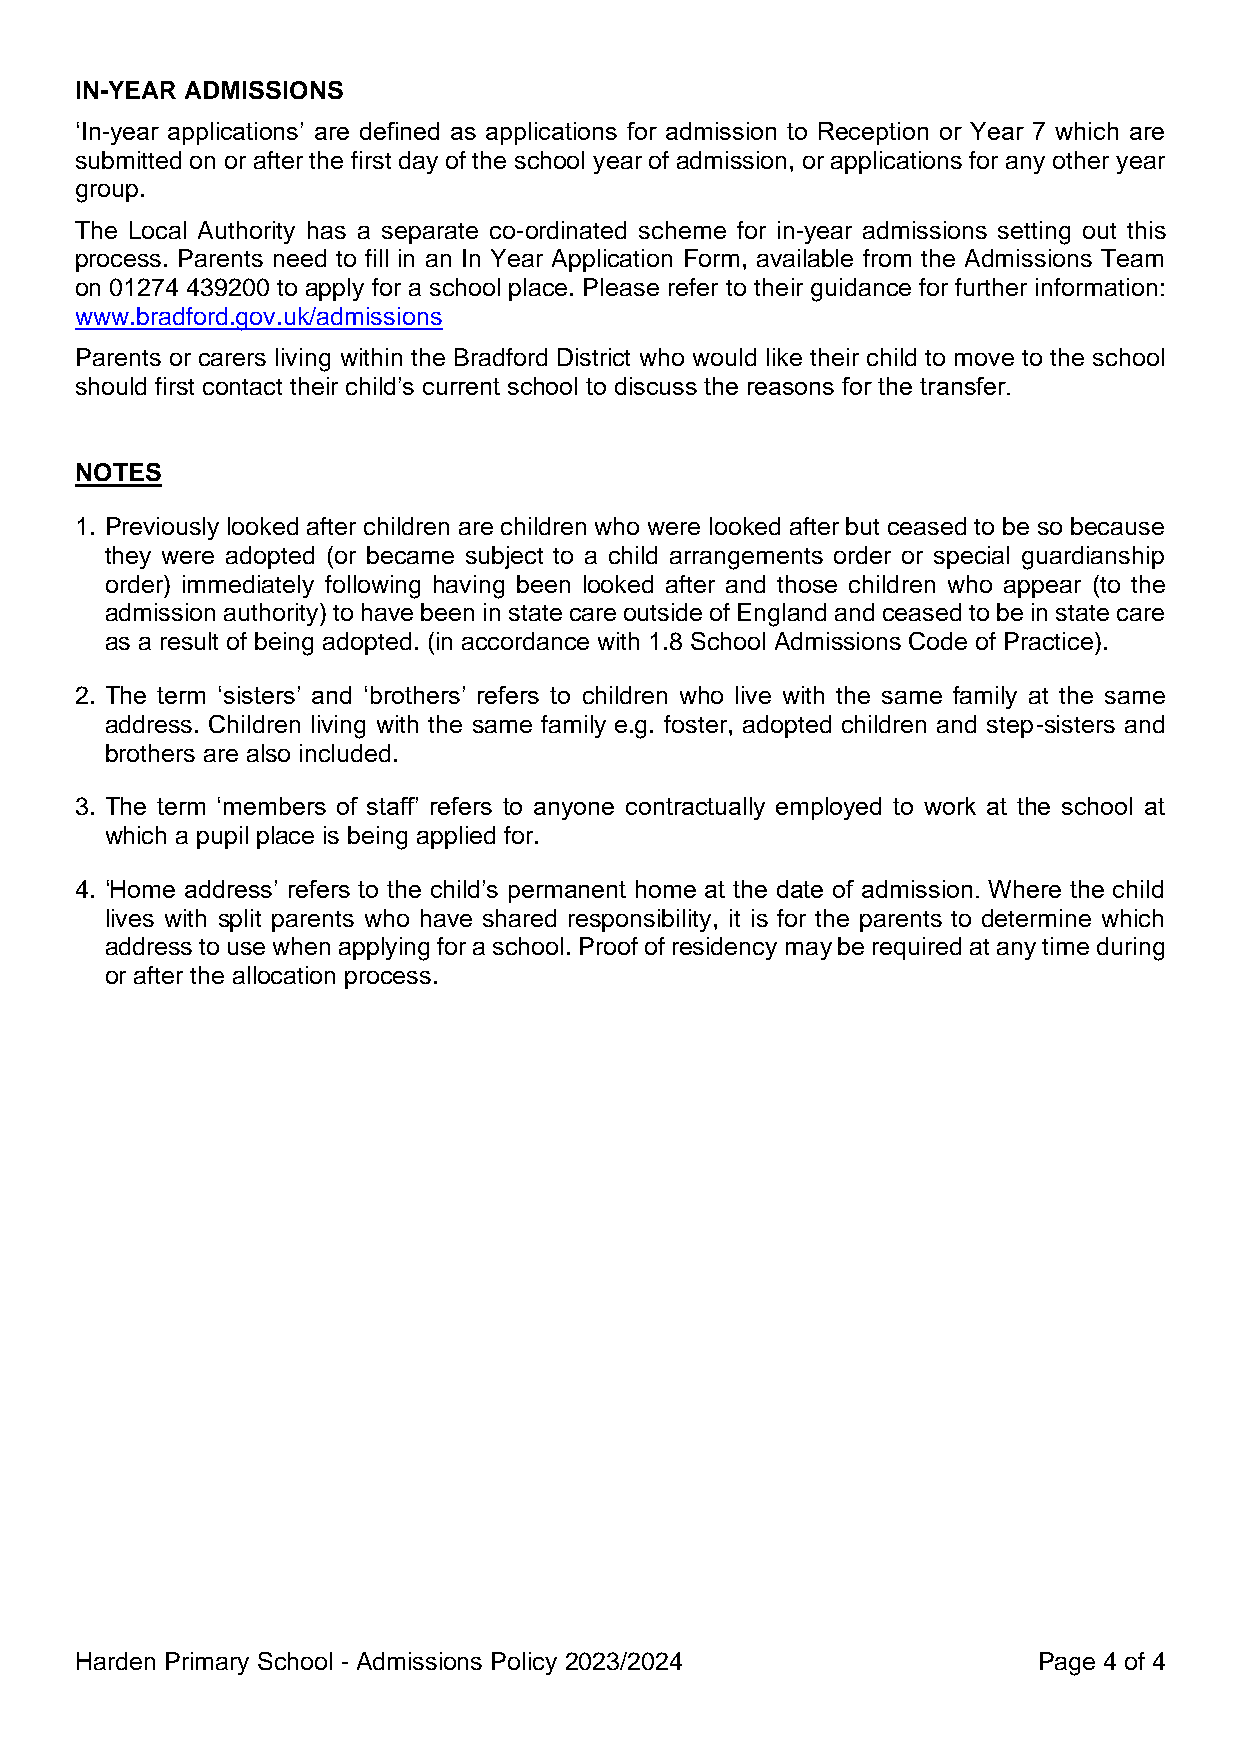
IN-YEAR ADMISSIONS
 ‘In-year applications’ are defined as applications for admission to Reception or Year 7 which are
 submitted on or after the first day of the school year of admission, or applications for any other year
 group.
 The Local Authority has a separate co-ordinated scheme for in-year admissions setting out this
 process. Parents need to fill in an In Year Application Form, available from the Admissions Team
 on 01274 439200 to apply for a school place. Please refer to their guidance for further information:
 www.bradford.gov.uk/admissions
 Parents or carers living within the Bradford District who would like their child to move to the school
 should first contact their child’s current school to discuss the reasons for the transfer.
 NOTES
 1. Previously looked after children are children who were looked after but ceased to be so because
 they were adopted (or became subject to a child arrangements order or special guardianship
 order) immediately following having been looked after and those children who appear (to the
 admission authority) to have been in state care outside of England and ceased to be in state care
 as a result of being adopted. (in accordance with 1.8 School Admissions Code of Practice).
 2. The term ‘sisters’ and ‘brothers’ refers to children who live with the same family at the same
 address. Children living with the same family e.g. foster, adopted children and step-sisters and
 brothers are also included.
 3. The term ‘members of staff’ refers to anyone contractually employed to work at the school at
 which a pupil place is being applied for.
 4. ‘Home address’ refers to the child’s permanent home at the date of admission. Where the child
 lives with split parents who have shared responsibility, it is for the parents to determine which
 address to use when applying for a school. Proof of residency may be required at any time during
 or after the allocation process.
 Harden Primary School - Admissions Policy 2023/2024             Page 4 of 4